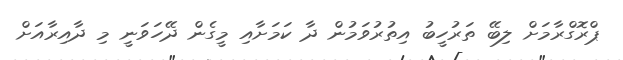
ޕްރޮގްރާމަށް ލިބޭ ތަރުހީބު އިތުރުވަމުން ދާ ކަމަށާއި މީގެން ދޭހަވަނީ މި ދާއިރާއަށް